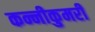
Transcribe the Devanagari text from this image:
कन्नीकुमरी